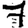
Digit: 7